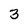
Character: 3